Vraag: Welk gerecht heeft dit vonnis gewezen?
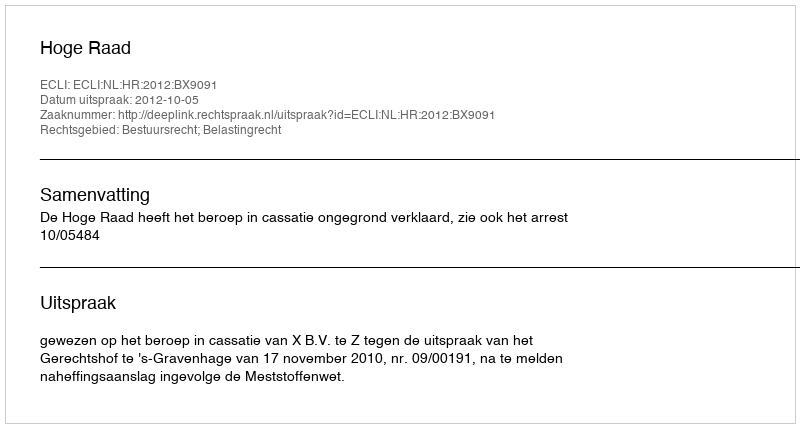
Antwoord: Hoge Raad